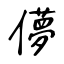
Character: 儚